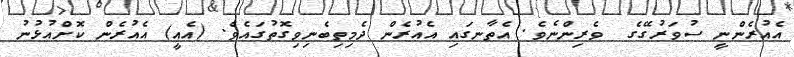
އެއުރެންނީ ސުވަރުގޭގެ  ވެރިންނެވެ. އެތާނގައި އެއުރެން ދެމިތިބެނިވިގޮތުގައެވެ. (އެއީ) އެއުރެން ކޮށްއުޅުނު